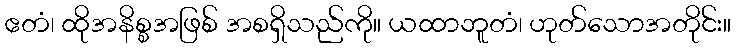
ဧတံ၊ ထိုအနိစ္စအဖြစ် အစရှိသည်ကို။ ယထာဘူတံ၊ ဟုတ်သောအတိုင်း။